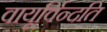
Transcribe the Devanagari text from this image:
वायूर्विन्दति